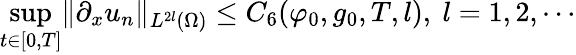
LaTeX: \operatorname*{sup}_{t\in[0,T]}\lVert\partial_{x}u_{n}\rVert_{L^{2l}(\Omega)}\leq C_{6}(\varphi_{0},g_{0},T,l),\ l=1,2,\cdots